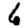
Digit: 6